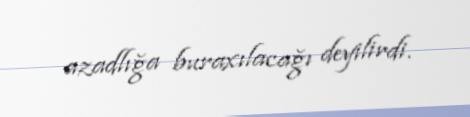
azadlığa buraxılacağı deyilirdi.